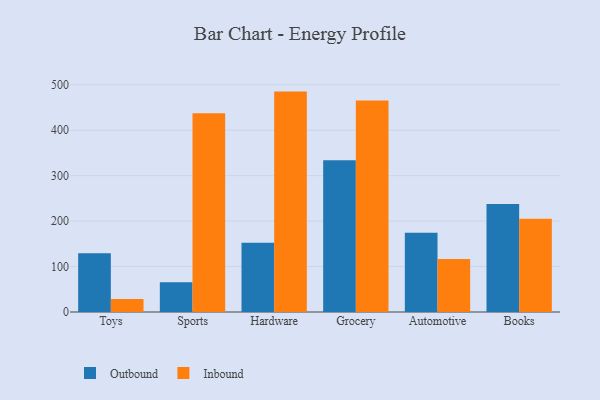
{"axis": {"x": "Category", "y": "Inventory Turnover"}, "legend": ["Inbound", "Outbound"], "data": [{"x": "Toys", "y": 129.4, "type": "Outbound"}, {"x": "Toys", "y": 28.7, "type": "Inbound"}, {"x": "Sports", "y": 65.3, "type": "Outbound"}, {"x": "Sports", "y": 437.4, "type": "Inbound"}, {"x": "Hardware", "y": 152.5, "type": "Outbound"}, {"x": "Hardware", "y": 485.0, "type": "Inbound"}, {"x": "Grocery", "y": 333.9, "type": "Outbound"}, {"x": "Grocery", "y": 465.6, "type": "Inbound"}, {"x": "Automotive", "y": 174.3, "type": "Outbound"}, {"x": "Automotive", "y": 116.7, "type": "Inbound"}, {"x": "Books", "y": 237.8, "type": "Outbound"}, {"x": "Books", "y": 205.3, "type": "Inbound"}]}